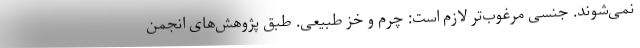
نمی‌شوند. جنسی مرغوب‌تر لازم است: چرم و خزِ طبیعی. طبق پژوهش‌های انجمن